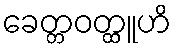
ခေတ္တဝတ္ထူဟိ